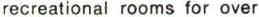
recreational rooms for over